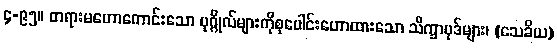
၄-၉၅။ တရားမဟောကောင်းသော ပုဂ္ဂိုလ်များကိုစုပေါင်းဟောထားသော သိက္ခာပုဒ်များ၊ (သေခိယ)